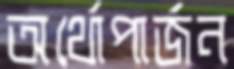
অর্থোপার্জন